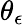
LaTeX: \theta_{\epsilon}